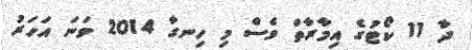
ދާ 11 ކޯޓުގެ އިމާރާތް ވެސް މި ހިނގާ 2014 ވަނަ އަހަރު